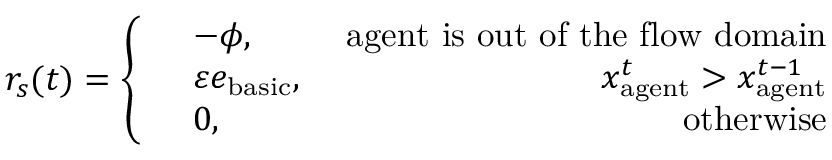
r _ { s } ( t ) = \left\{ \begin{array} { r l r } & { - \phi , \ } & { \mathrm { a g e n t ~ i s ~ o u t ~ o f ~ t h e ~ f l o w ~ d o m a i n } } \\ & { \varepsilon e _ { \mathrm { b a s i c } } , \ } & { x _ { \mathrm { a g e n t } } ^ { t } > x _ { \mathrm { a g e n t } } ^ { t - 1 } } \\ & { 0 , \ } & { \mathrm { o t h e r w i s e } } \end{array} \right.